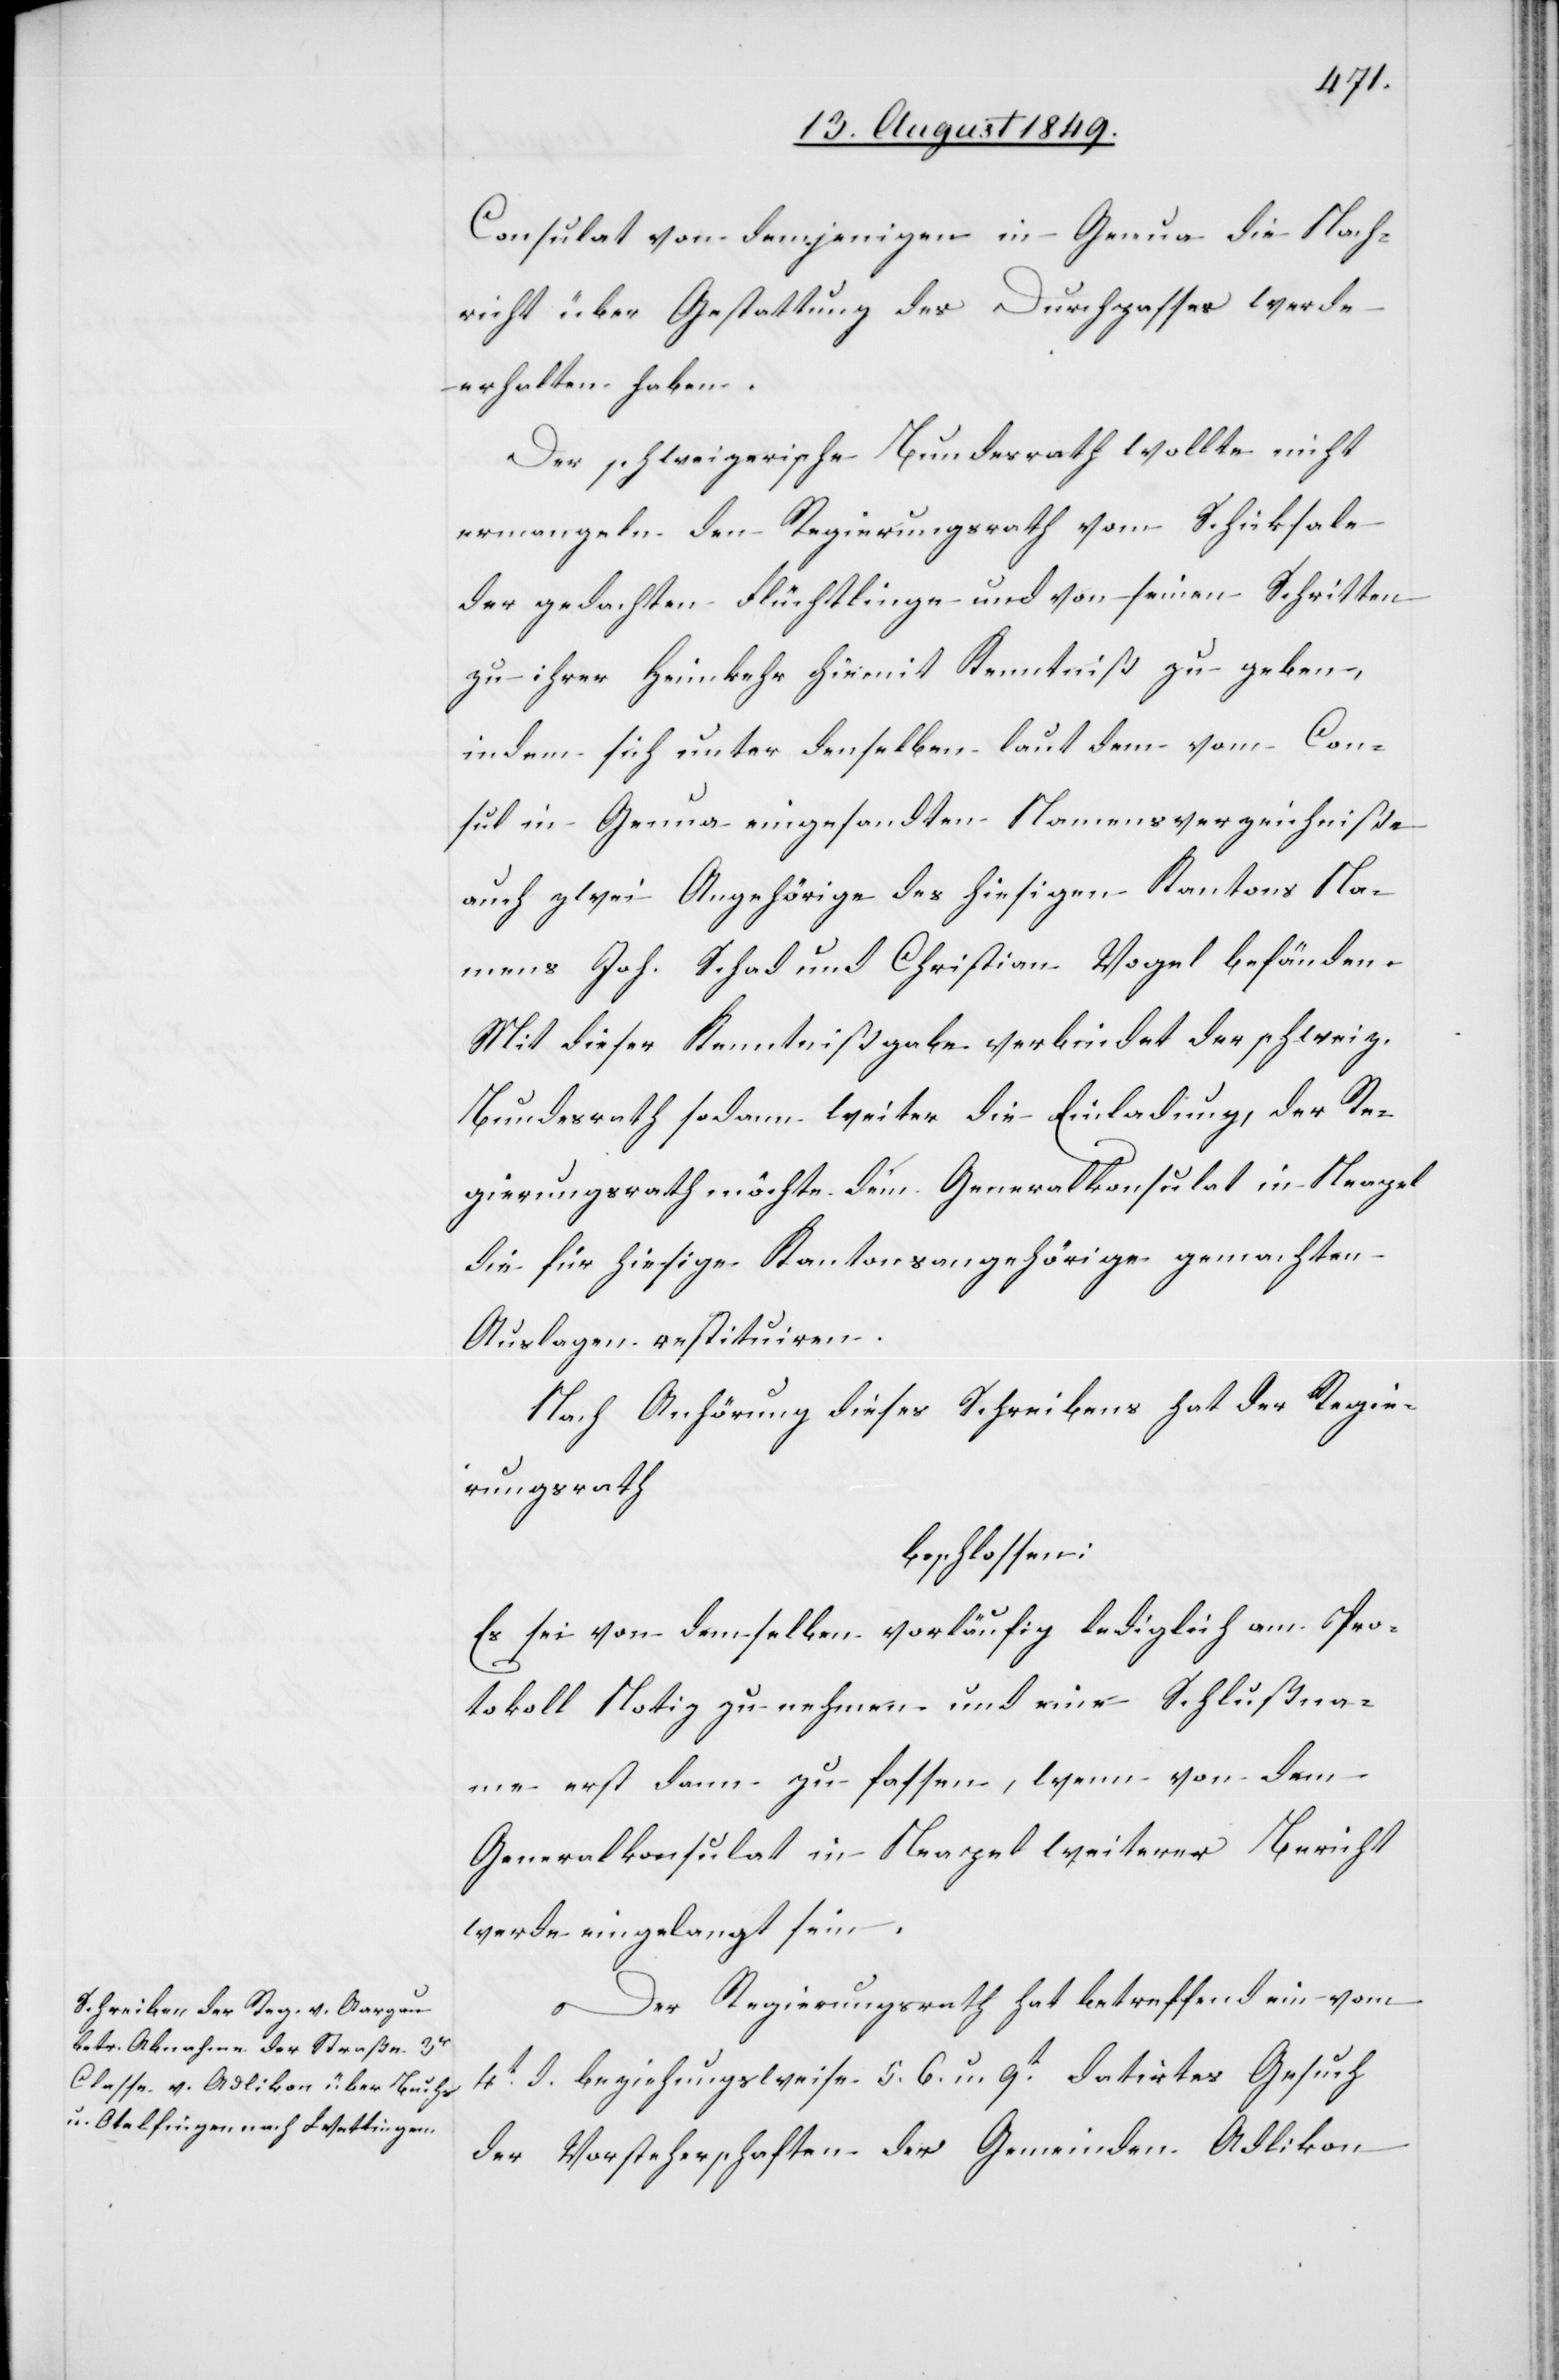
Consulat von demjenigen in Genua die Nach¬
richt über Gestattung des Durchpasses werde
erhalten haben.
Der schweizerische Bundesrath wollte nicht
ermangeln den Regierungsrath vom Schicksale
der gedachten Flüchtlinge und von seinen Schritten
zu ihrer Heimkehr hiermit Kenntniß zu geben,
indem sich unter denselben laut dem vom Con¬
sul in Genua eingesandten Namensverzeichniße
auch zwei Angehörige des hiesigen Kantons Na¬
mens Joh. Schad und Christina Vogel befänden.
Mit dieser Kenntnißgabe verbindet der schweiz.
Bundesrath sodann weiter die Einladung, der Re¬
gierungsrath möchte dem Generalkonsulat in Neapel
die für hiesige Kantonsangehörige gemachten
Auslagen restituiren.
Nach Anhörung dieses Schreibens hat der Regie¬
rungsrath
beschlossen:
Es sei von demselben vorläufig lediglich am Pro¬
tokoll Notiz zu nehmen und eine Schlußnah¬
me erst dann zu fassen, wenn von dem
Generalkonsulat in Neapel weiterer Bericht
werde eingelangt sein.
Der Regierungsrath hat betreffend ein vom
4t d. beziehungsweise 5. 6. u. 9t datirtes Gesuch
der Vorsteherschaften der Gemeinden Adlikon